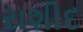
રાશીદ